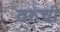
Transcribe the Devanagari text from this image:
तरुंची